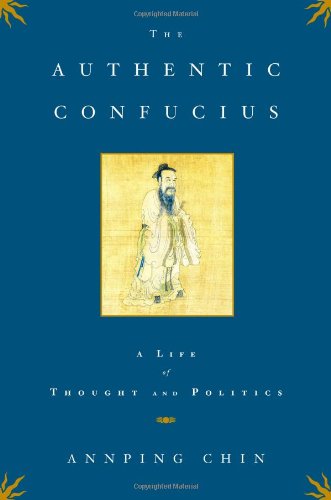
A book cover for The Authentic Confucius: A Life of Thought and Politics; Annping Chin; Religion & Spirituality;